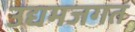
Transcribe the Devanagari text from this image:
उद्यमजगत